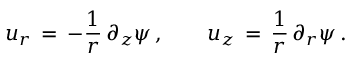
u _ { r } \, = \, - \frac { 1 } { r } \, \partial _ { z } \psi \, , \qquad u _ { z } \, = \, \frac { 1 } { r } \, \partial _ { r } \psi \, .